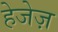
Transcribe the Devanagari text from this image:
हेजेज़